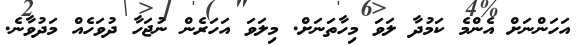
އަހަންނަށް އެންމެ ކަމުދާ ލަވަ މިހާތަނަށް. މިލަވަ އަހަރެން ނުޖަހާ ދުވަހެއް މަދުވާނެ.